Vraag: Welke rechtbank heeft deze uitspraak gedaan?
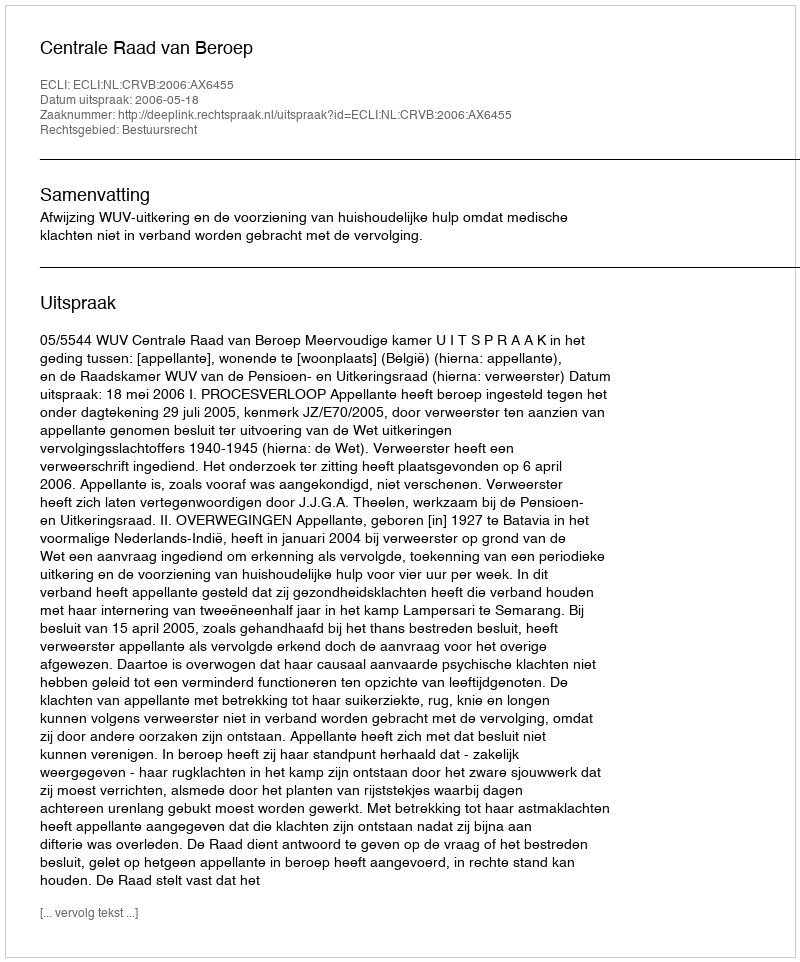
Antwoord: Centrale Raad van Beroep